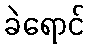
ခဲရောင်